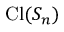
\operatorname { C l } ( S _ { n } )